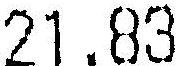
21.83